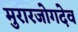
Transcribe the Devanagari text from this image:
मुरारजोगदेव